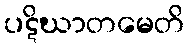
ပဋိဃာတမေတိ